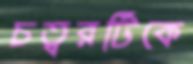
চত্বরটিকে